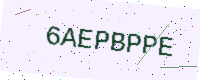
Text: 6AEPBPPE